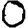
Digit: 0